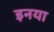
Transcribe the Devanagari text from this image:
इनया